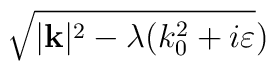
\sqrt{|\mathbf{k}|^{2}-\lambda (k_{0}^{2}+i\varepsilon })